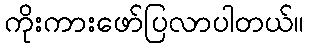
ကိုးကားဖော်ပြလာပါတယ်။